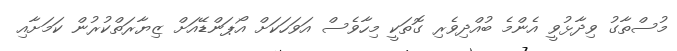
މުސްތާގު ވިދާޅުވީ އެންމެ ބުއްދިވެރި ގޮތަކީ މިހާވެސް އަވަހަކަށް އޯޕަންޑޭއަށް ޒިޔާރަތްކުރުން ކަމަށާއި